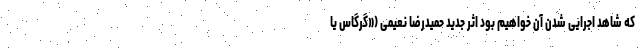
که شاهد اجرایی شدن آن خواهیم بود اثر جدید حمیدرضا نعیمی («گرگاس یا